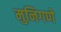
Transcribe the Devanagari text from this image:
मुनिगणे